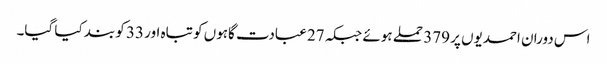
اس دوران احمدیوں پر 379 حملے ہوئے جبکہ 27 عبادت گاہوں کو تباہ اور 33 کو بند کیا گیا۔